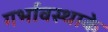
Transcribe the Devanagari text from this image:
गर्भावस्थाके